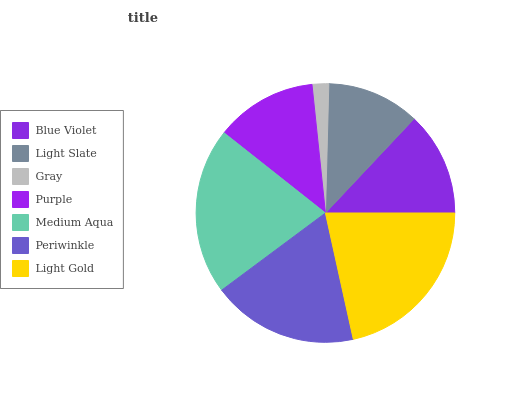
| Blue Violet | Light Slate | Gray | Purple | Medium Aqua | Periwinkle | Light Gold |
 | --- | --- | --- | --- | --- | --- | --- |
 | 13% | 11.6% | 2.07% | 12.7% | 20.8% | 18.3% | 21.5% |